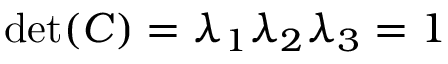
\operatorname* { d e t } ( \boldsymbol { C } ) = \lambda _ { 1 } \lambda _ { 2 } \lambda _ { 3 } = 1